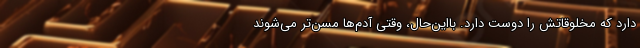
دارد که مخلوقاتش را دوست دارد. با‌این‌حال، وقتی آدم‌ها مسن‌تر می‌شوند